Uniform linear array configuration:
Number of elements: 12
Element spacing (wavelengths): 0.25
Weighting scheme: kaiser
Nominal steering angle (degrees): -60
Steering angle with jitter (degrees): -61.951
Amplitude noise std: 0.05
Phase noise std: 0.05

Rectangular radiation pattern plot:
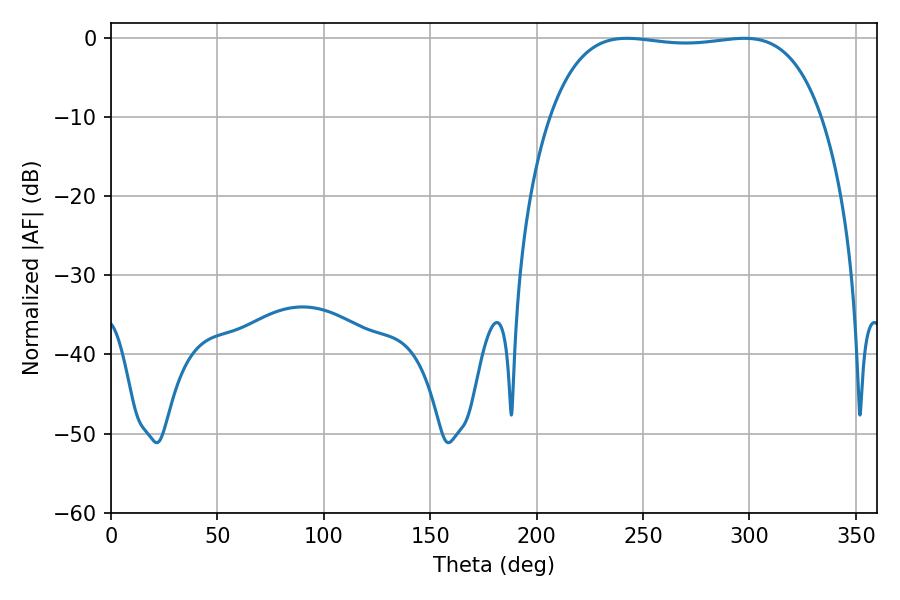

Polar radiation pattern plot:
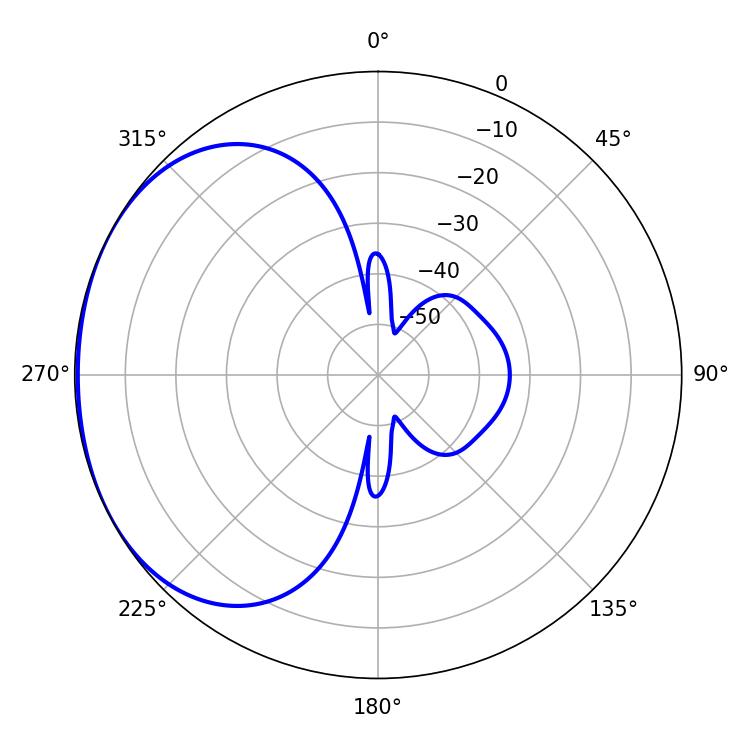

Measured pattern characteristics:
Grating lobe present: FALSE
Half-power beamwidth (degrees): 101.16
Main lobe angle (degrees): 242.46